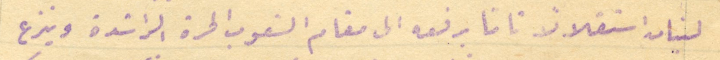
لبنان استقلالاً تامًا برفعه الى مقام الشعوب الحرة الراشدة وينزع